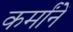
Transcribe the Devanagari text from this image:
कर्मांनें